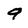
Character: 9